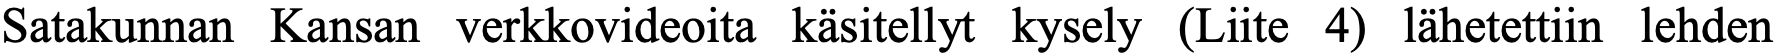
Satakunnan Kansan verkkovideoita käsitellyt kysely (Liite 4) lähetettiin lehden